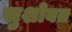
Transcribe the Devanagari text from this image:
सुशोबत